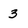
Character: 3